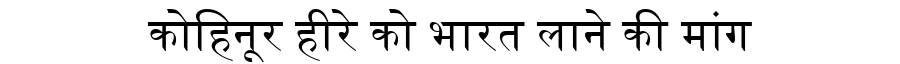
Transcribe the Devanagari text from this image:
कोहिनूर हीरे को भारत लाने की मांग